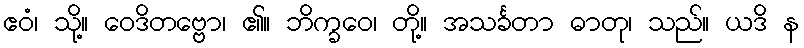
ဧဝံ၊ သို့။ ဝေဒိတဗ္ဗော၊ ၏။ ဘိက္ခဝေ၊ တို့။ အသင်္ခတာ ဓာတု၊ သည်။ ယဒိ န